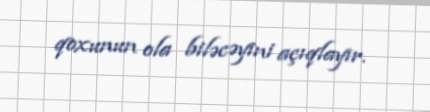
qoxunun ola biləcəyini açıqlayır.